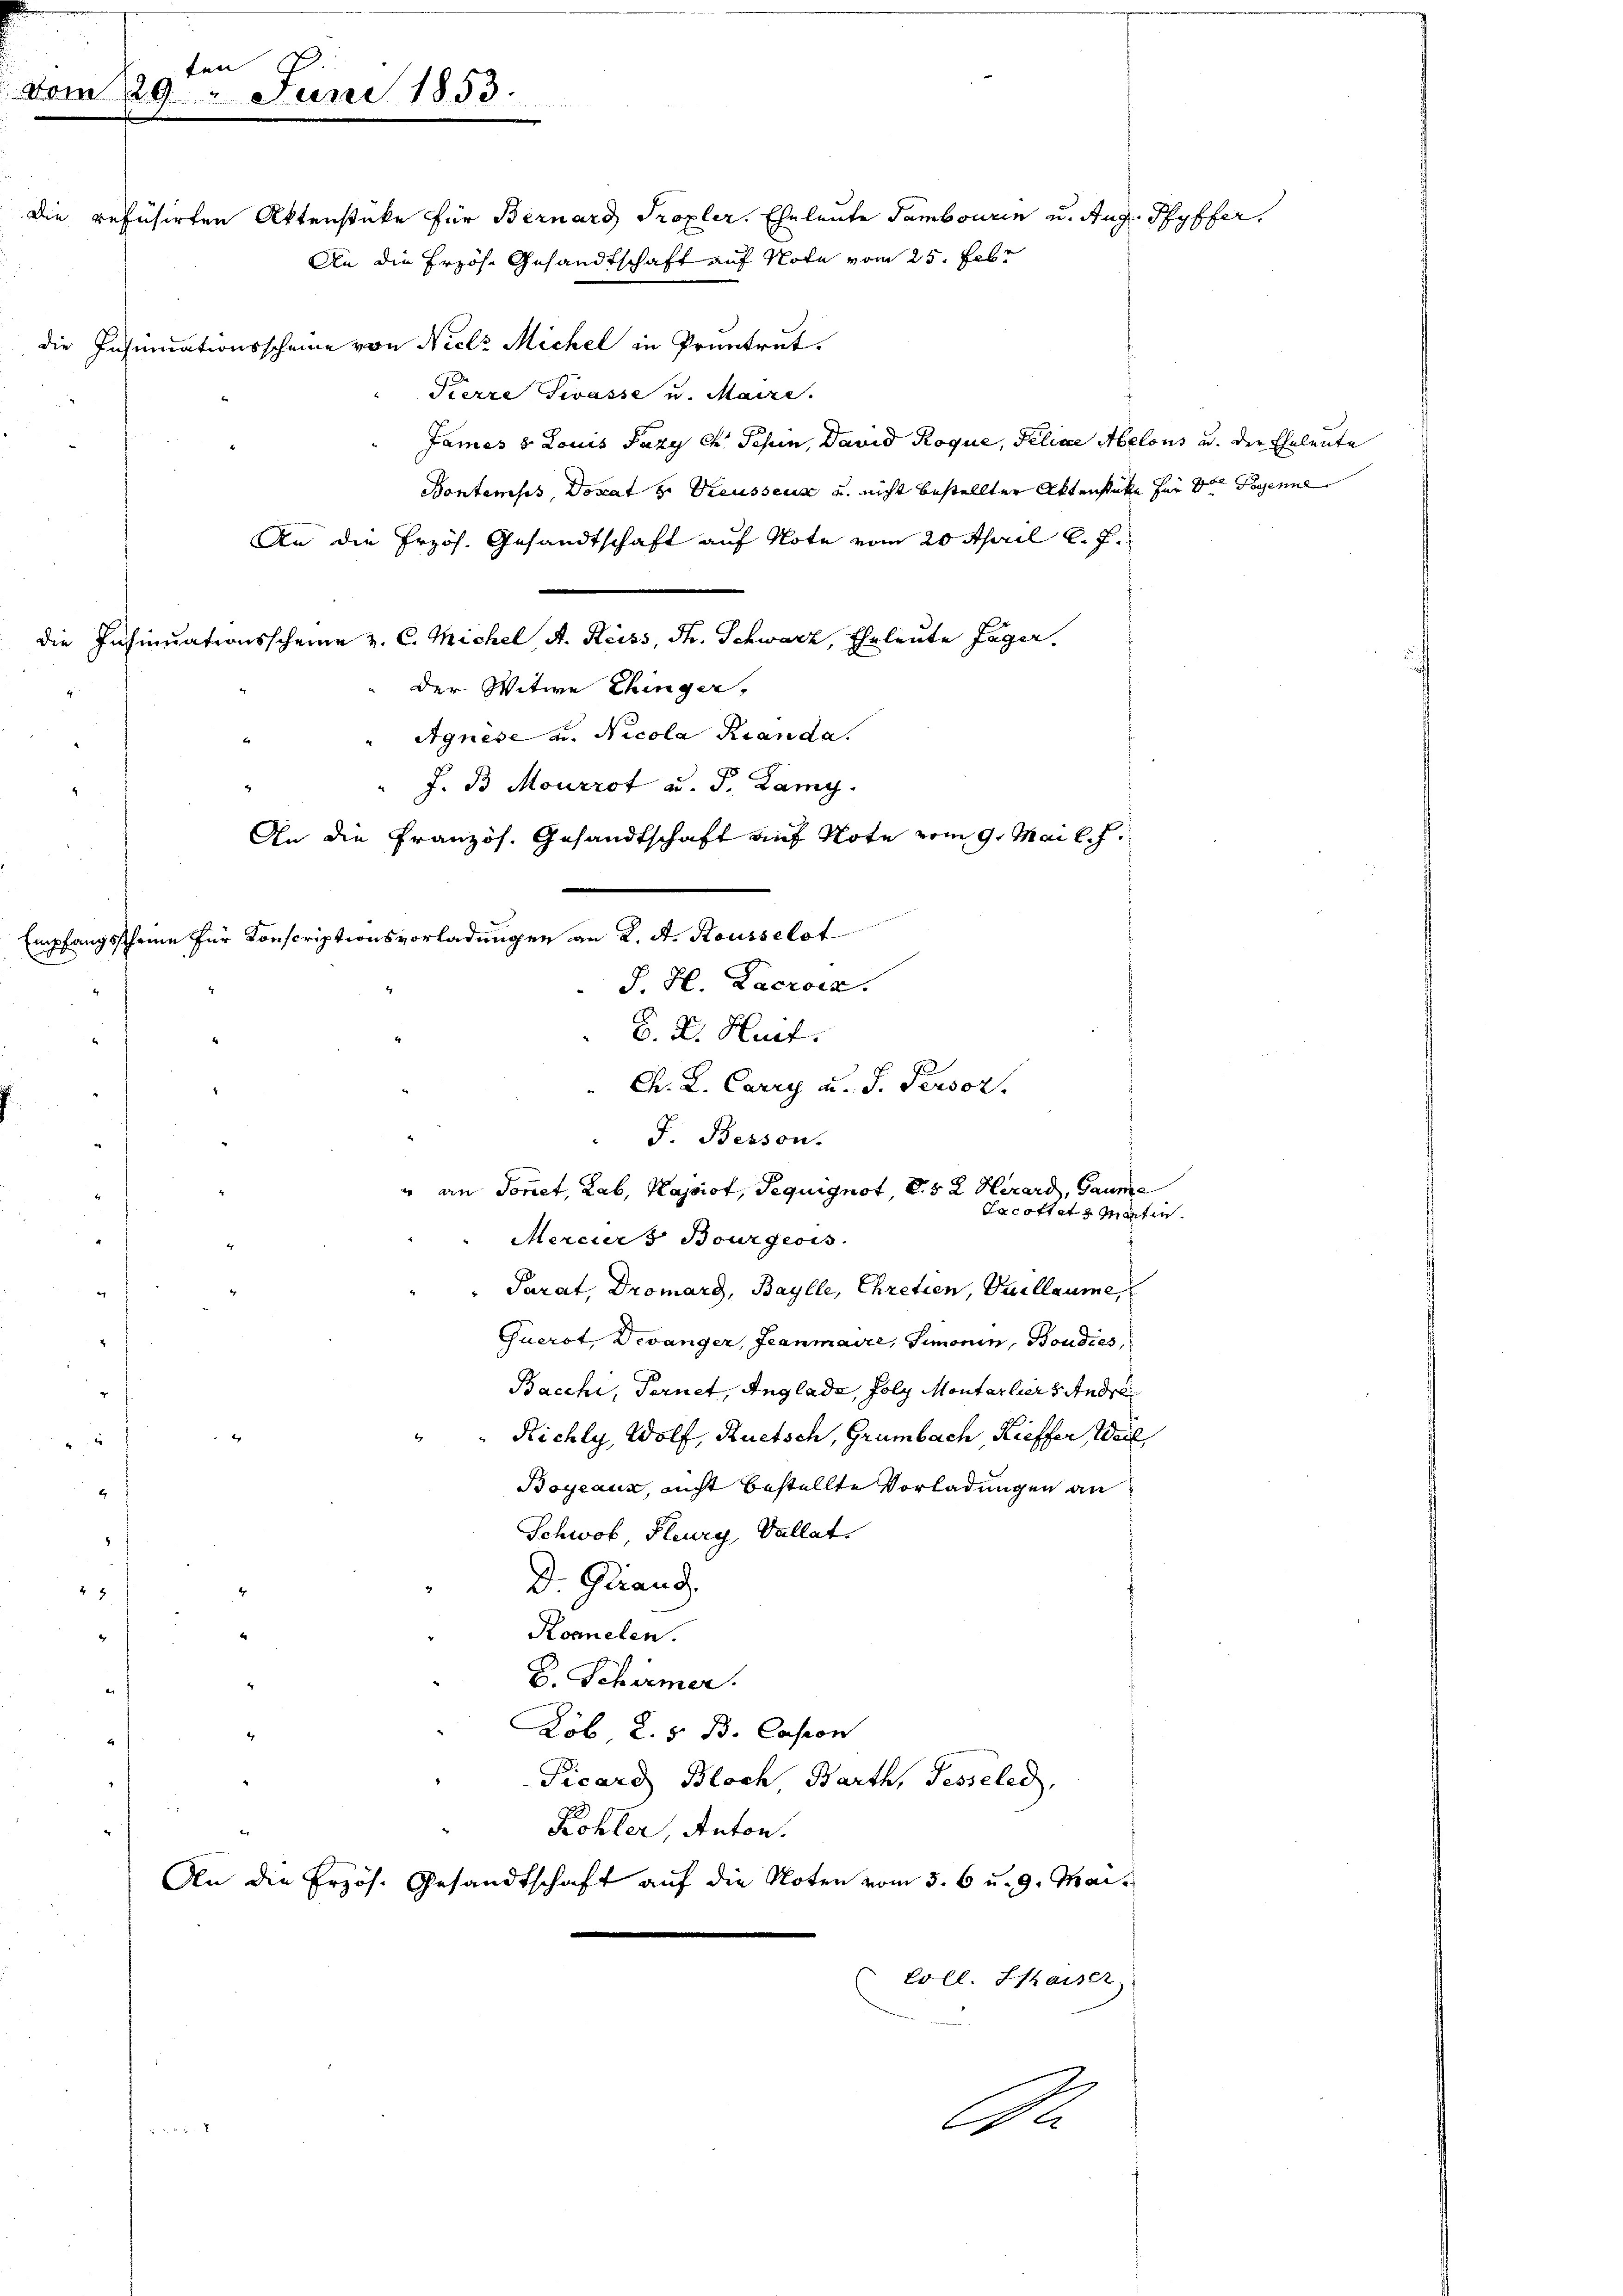
ten
vom 29. Juni 1853.

die Insinuationsscheine von Nicli Michel in Pruntrut.
Fierze Zwasse u. Maire.
James 8. Louis Fazy Ch. Schen, David Roque, Filiae Melous u. der Eheleute
Bontemps, Donat v. Preussens u. nicht bestellter Aktenstüke für den Possenne
An die Erzös. Gesandtschaft auf Note vom 20 April l. J.
die Insinuationsscheine z. C. Michel, A. Reiss, St. Schwarz, Eheleute Lager.
der Witwe Chinger,
Agnese u. Nicola Branda.
" J. B Mourrot ad. P. Lamy.
An die Französ. Gesandtschaft auf Note vom 9. Mai l. J.
Empfangsscheine für Konscriptionsvorladungen an K. A. Rousselst
 Ch. L. Carry u. S. Persor.
" an Sortet, Lab, Kassist, Pequignot, S. 52. Herard, Gaume
Jacottet u Martin
Merciers Bourgeois
" Parat, Dromarg, Baylle, Chretien, Vuillaume,

Querst, Devanger, Jeanmaire, Simonin, Boudiés,
Bacchi, Ternet, Anglade, foly Montarliers Andre¬
Richly, Wolf, Ruetsch, Grumbach, Kieffer, Weil
Boyeaux, nicht bestellte Vorladungen an
.
Schwab, Flury, Vallat
D. Quand
4
Koenelen.
B. Schirmer.
Löb. K. s. B. Casson
.
Picard Bloch, Barth, Fesseled,
Kohler, Anton.
An die Erzös. Gesandtschaft auf die Noten vom 5. 6 u. 9. Mai.
Coll. Staiser
e
4

Die refusirten Aktenstüke für Bernard Tropler, Eheleute Tambouren u. Aug. Ryffer
An die Erzös. Gesandtschaft auf Note vom 25. Febr

J. H. Lacroi.
D. Dr. Hurt.
F. Bessen.